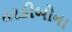
તરકીબોના